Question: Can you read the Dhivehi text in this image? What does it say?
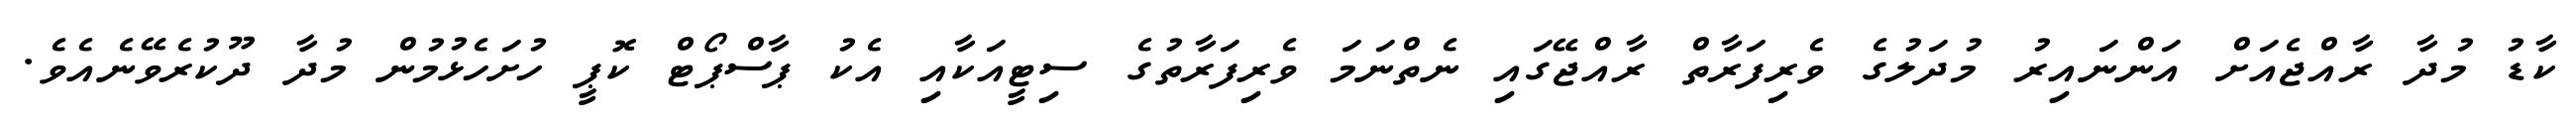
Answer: ކާޑު މުދާ ރާއްޖެއަށް އަންނައިރު މުދަލުގެ ވެރިފަރާތް ރާއްޖޭގައި ނެތްނަމަ ވެރިފަރާތުގެ ސިޓީއަކާއި އެކު ޕާސްޕޯޓް ކޮޕީ ހުށަހެޅުމުން މުދާ ދޫކުރެވޭނެއެވެ.